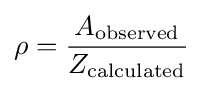
\rho ={\frac {A_{\text{observed}}}{Z_{\text{calculated}}}}